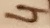
Text: 4